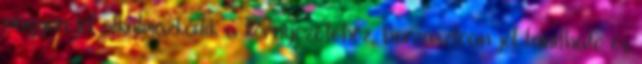
nagyon jól alkalmazkodik a környezetéhez, borzasztóan jól tanítható és